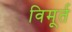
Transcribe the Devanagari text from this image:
विमूर्त